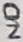
Text: N/O